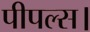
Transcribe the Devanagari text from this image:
पीपल्स।